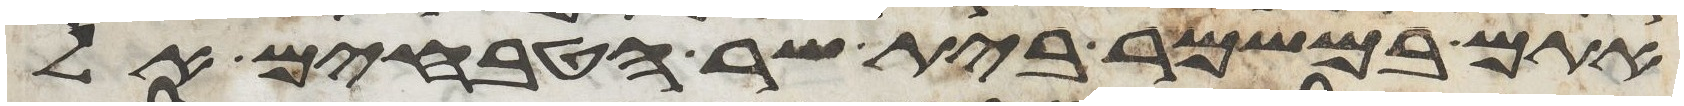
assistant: אתם במשמר בית שר הטבחים אל